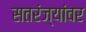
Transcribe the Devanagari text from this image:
सतरंज्यांवर